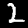
Digit: 2